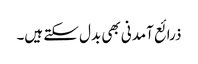
ذرائع آمدنی بھی بدل سکتے ہیں۔